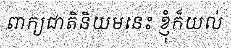
ពាក្យជាតិនិយមនេះ ខ្ញុំក៏យល់